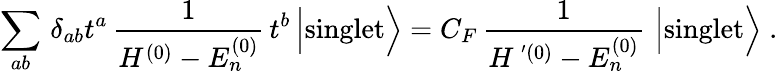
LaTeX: \sum_{ab}\, \delta_{ab}t^{a}\, \frac{1}{H^{(0)}-E_{n}^{(0)}}\, t^{b}\, \Bigl\vert\mathrm{singlet}\Bigr\rangle=C_{F}\, \frac{1}{H^{\, ^{\prime}(0)}-E_{n}^{(0)}}\, \, \Bigl\vert\mathrm{singlet}\Bigr\rangle\; .